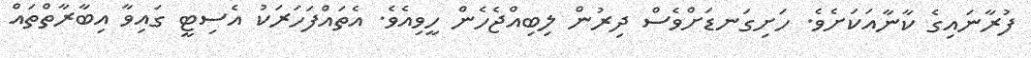
ފުރާނައިގެ ކާނާއަކަށެވެ. ހަށިގަނޑަށްވެސް ދިރުން ލިބިއްޖެހެން ހީވިއެވެ. އެތައްފަހަރަކު އެސިޓީ ގައިވާ އިބާރާތްތައް